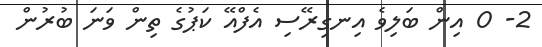
2- 0 އިން ބަލިވެ އިނގިރޭސި އެފްއޭ ކަޕުގެ ތިން ވަނަ ބުރުން